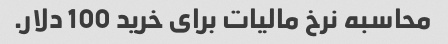
محاسبه نرخ مالیات برای خرید 100 دلار.